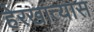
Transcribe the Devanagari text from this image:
हेरखात्यास